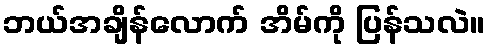
ဘယ်အချိန်လောက် အိမ်ကို ပြန်သလဲ။